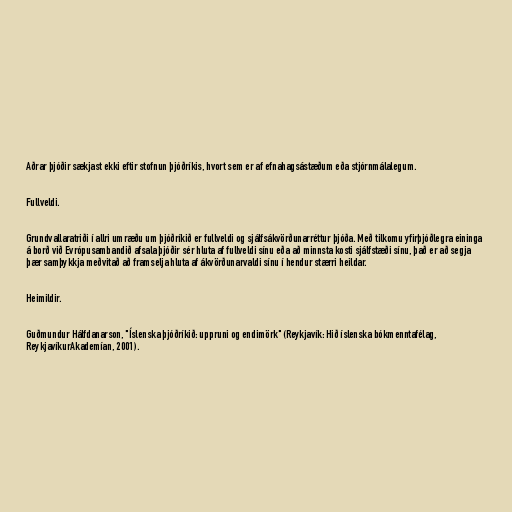
Aðrar þjóðir sækjast ekki eftir stofnun þjóðríkis, hvort sem er af efnahagsástæðum eða stjórnmálalegum.

Fullveldi.

Grundvallaratriði í allri umræðu um þjóðríkið er fullveldi og sjálfsákvörðunarréttur þjóða. Með tilkomu yfirþjóðlegra eininga
á borð við Evrópusambandið afsala þjóðir sér hluta af fullveldi sínu eða að minnsta kosti sjálfstæði sínu, það er að segja
þær samþykkja meðvitað að framselja hluta af ákvörðunarvaldi sínu í hendur stærri heildar.

Heimildir.

Guðmundur Hálfdanarson, "Íslenska þjóðríkið: uppruni og endimörk" (Reykjavík: Hið íslenska bókmenntafélag,
ReykjavíkurAkademían, 2001).